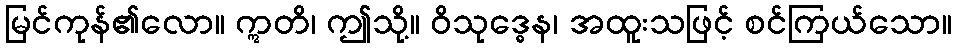
မြင်ကုန်၏လော။ ဣတိ၊ ဤသို့။ ဝိသုဒ္ဓေန၊ အထူးသဖြင့် စင်ကြယ်သော။